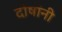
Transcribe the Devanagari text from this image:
दोषांनी